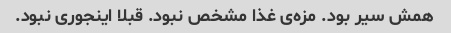
همش سیر بود. مزه‌ی غذا مشخص نبود. قبلا اینجوری نبود.